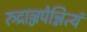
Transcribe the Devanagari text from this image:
रुद्राञ्जपेन्नित्यं